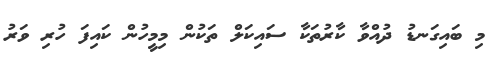
މި ބައިގަނޑު ދުއްވާ ކާރުތަކާ ސައިކަލް ތަކުން މިމީހުން ކައިފަ ހުރި ވަރު